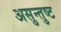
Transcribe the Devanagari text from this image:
असुन्तुष्ट